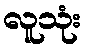
လူသုံး